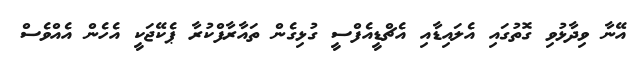
އޭނާ ވިދާޅުވި ގޮތުގައި އެލައިޑާއި އެޗްޑީއެފްސީ ގުޅިގެން ތައާރާފްކުރާ ޕެކޭޖަކީ އެހެން އެއްވެސް